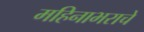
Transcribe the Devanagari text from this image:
महिनाभराचे